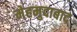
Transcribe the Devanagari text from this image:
मेहमुदाबाद